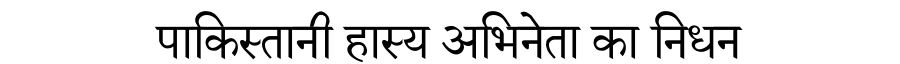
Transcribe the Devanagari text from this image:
पाकिस्तानी हास्य अभिनेता का निधन